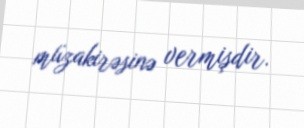
müzakirəsinə vermişdir.